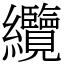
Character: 纜